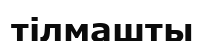
тілмашты